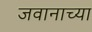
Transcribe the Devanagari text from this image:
जवानाच्या